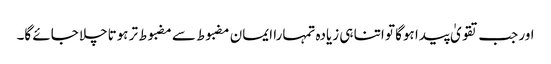
اور جب تقویٰ پیدا ہوگا تو اتنا ہی زیادہ تمہارا ایمان مضبوط سے مضبوط تر ہوتاچلا جائے گا۔